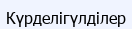
Күрделігүлділер